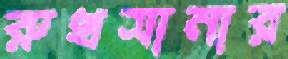
রুখসানার